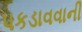
પકડાવવાની